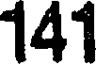
141